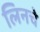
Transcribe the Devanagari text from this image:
लिनचे